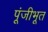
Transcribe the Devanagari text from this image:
पूंजीभूत